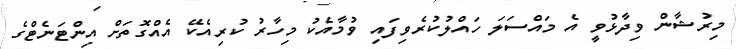
މިރުޝާން ވިދާޅުވީ އެ މައްސަލަ ހައްލުކުރެވިފައި ވުމާއެކު މިހާރު ކުރިއެކޭ އެއްގޮތަށް އިންޓަނެޓްގެ